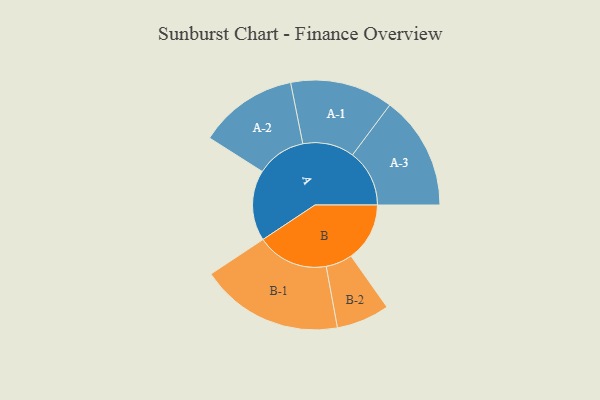
{"axis": {"x": "Segment", "y": "Value"}, "legend": ["", "A", "B"], "data": [{"x": "A", "y": 295, "type": ""}, {"x": "B", "y": 245, "type": ""}, {"x": "A-1", "y": 215, "type": "A"}, {"x": "A-2", "y": 207, "type": "A"}, {"x": "A-3", "y": 238, "type": "A"}, {"x": "B-1", "y": 299, "type": "B"}, {"x": "B-2", "y": 111, "type": "B"}]}